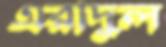
এরাদুল